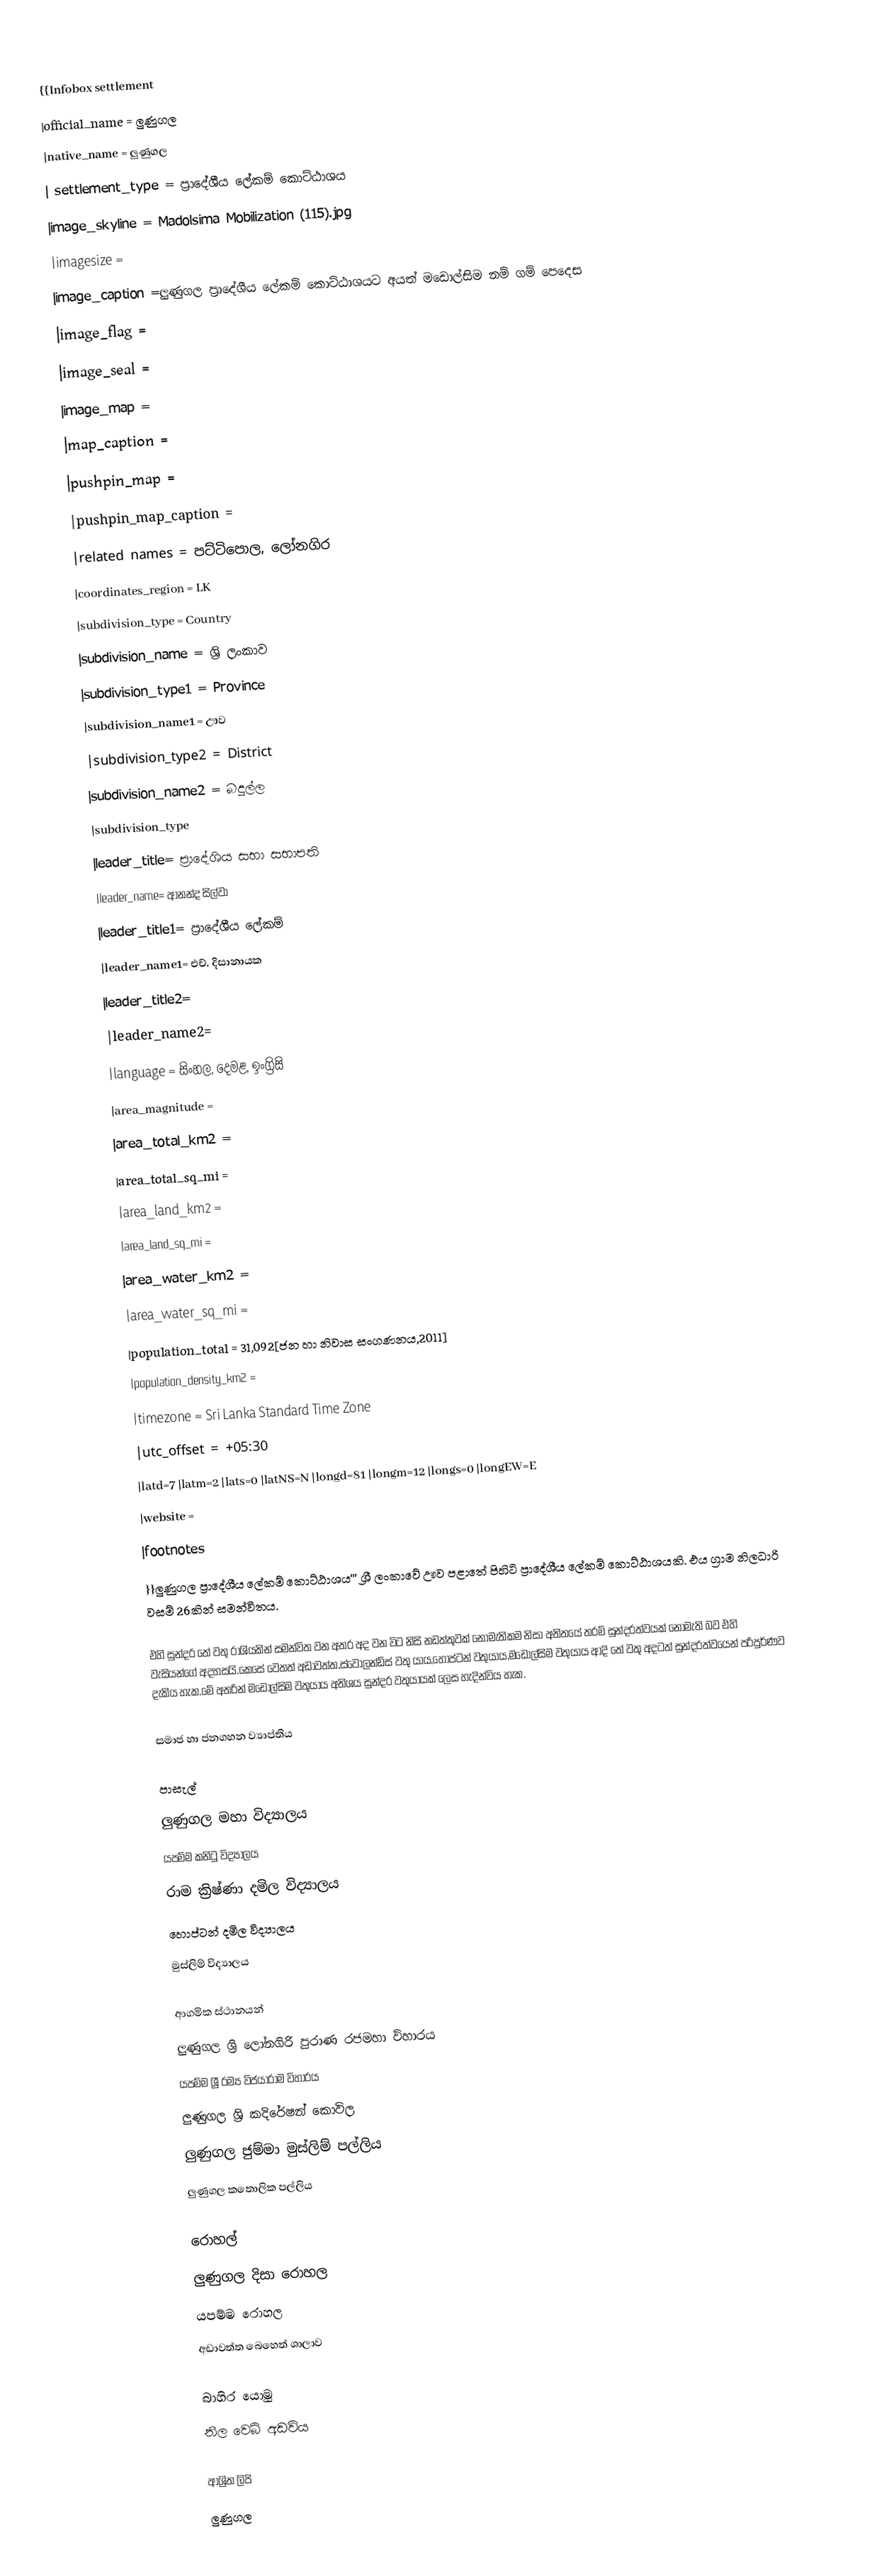
{{Infobox settlement
|official_name    = ලුණුගල
|native_name =  ලුණුගල
| settlement_type = ප්‍රාදේශීය ලේකම් කොට්ඨාශය
|image_skyline = Madolsima Mobilization (115).jpg
|imagesize        =
|image_caption    =ලුණුගල ප්‍රාදේශීය ලේකම් කොට්ඨාශයට අයත් මඩොල්සිම නම් ගම් පෙදෙස
|image_flag       =
|image_seal       =
|image_map        =
|map_caption      =
|pushpin_map      =
|pushpin_map_caption      =
|related names = පට්ටිපොල, ලෝනගිර
|coordinates_region     = LK
|subdivision_type       = Country
|subdivision_name       = ශ්‍රි ලංකාව
|subdivision_type1      = Province
|subdivision_name1      = ඌව
|subdivision_type2      = District
|subdivision_name2      = බදුල්ල
|subdivision_type
|leader_title= ප්‍රාදේශිය සභා සභාපති
|leader_name= ආනන්ද සිල්වා
|leader_title1= ප්‍රාදේශීය ලේකම්
|leader_name1=  එච්. දිසානායක
|leader_title2=
|leader_name2=
|language = සිංහල, දෙමළ, ඉංග්‍රිසි
|area_magnitude   =
|area_total_km2   =
|area_total_sq_mi =
|area_land_km2    =
|area_land_sq_mi  =
|area_water_km2   =
|area_water_sq_mi =
|population_total = 31,092[ජන හා නිවාස සංගණනය,2011]
|population_density_km2 =
|timezone         = Sri Lanka Standard Time Zone
|utc_offset       = +05:30
|latd=7 |latm=2 |lats=0 |latNS=N |longd=81 |longm=12 |longs=0 |longEW=E
|website          =
|footnotes
}}ලුණුගල ප්‍රාදේශීය ලේකම් කොට්ඨාශය''' ශ්‍රී ලංකාවේ ඌව පළාතේ පිහිටි ප්‍රාදේශීය ලේකම් කොට්ඨාශයකි. එය ග්‍රාම නිලධාරි වසම් 26කින් සමන්විතය.

එහි සුන්දර තේ වතු රාශියකින් සමන්විත වන අතර අද වන විට නිසි නඩත්තුවක් නොමැතිකම නිසා අතිතයේ තරම් සුන්දරත්වයක් නොමැති බව එහි වැසියන්ගේ අදහසයි.කෙසේ වෙතත් අඩාවත්ත,ස්වොලන්ඩ්ස් වතු යාය,හොප්ටන් වතුයාය,මඩොල්සිම වතුයාය ආදි තේ වතු අදටත් සුන්දරත්වයෙන් පරිපුර්ණව දැකිය හැක.මේ අතරින් මඩොල්සිම වතුයාය අතිශය සුන්දර වතුයායක් ලෙස හැදින්විය හැක.

සමාජ හා ජනගහන ව්‍යාප්තිය

පාසැල්
 ලුණුගල මහා විද්‍යාලය
 යපම්ම කනිටු විද්‍යාලය
 රාම ක්‍රිෂ්ණා දමිල විද්‍යාලය
 හොප්ටන් දමිල විද්‍යාලය
 මුස්ලිම් විද්‍යාලය

ආගමික ස්ථානයන්
 ලුණුගල ශ්‍රි ලෝනගිරි පුරාණ රජමහා විහාරය
 යපම්ම ශ්‍රී රම්‍ය විජයාරාම විහාරය
 ලුණුගල ශ්‍රි කදිරේෂන් කොවිල
 ලුණුගල ජුම්මා මුස්ලිම් පල්ලිය
 ලුණුගල කතොලික පල්ලිය

රොහල්
 ලුණුගල දිසා රොහල
 යපම්ම රොහල
 අඩාවත්ත බෙහෙත් ශාලාව

බාහිර යොමු
 නිල වෙබ් අඩවිය

ආශ්‍රිත ලිපි
 ලුණුගල